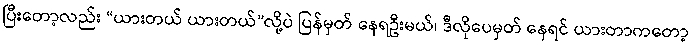
ပြီးတော့လည်း “ယားတယ် ယားတယ်”လို့ပဲ ပြန်မှတ် နေရဦးမယ်၊ ဒီလိုပေမှတ် နေရင် ယားတာကတော့